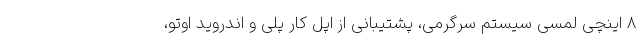
8 اینچی لمسی سیستم سرگرمی، پشتیبانی از اپل کار پلی و اندروید اوتو،